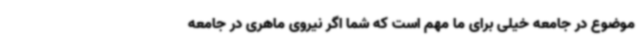
موضوع در جامعه خیلی برای ما مهم است که شما اگر نیروی ماهری در جامعه